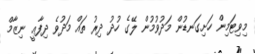
މިވިޓަމިން ހަށިގަނޑުން މަދުވުމުން ލޭގެ ހުދު ދިރު ތައް މަދުވެ ދިފާޢީ ނިޒާމް